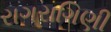
રાગરાગિણી